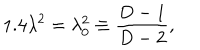
LaTeX: 1 . 4 \lambda ^ { 2 } = \lambda _ { 0 } ^ { 2 } \equiv \frac { D - 1 } { D - 2 } ,